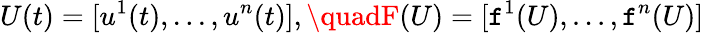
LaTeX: U(t)=[u^{1}(t),...,u^{n}(t)],\quadF(U)=[\mathtt{f}^{1}(U),...,\mathtt{f}^{n}(U)]